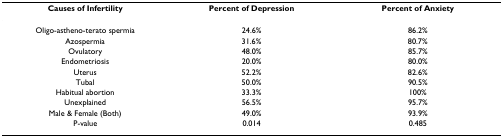
<table><thead><tr><td><b>Causes of Infertility</b></td><td><b>Percent of Depression</b></td><td><b>Percent of Anxiety</b></td></tr></thead><tbody><tr><td>Oligo-astheno-terato spermia</td><td>24.6%</td><td>86.2%</td></tr><tr><td>Azospermia</td><td>31.6%</td><td>80.7%</td></tr><tr><td>Ovulatory</td><td>48.0%</td><td>85.7%</td></tr><tr><td>Endometriosis</td><td>20.0%</td><td>80.0%</td></tr><tr><td>Uterus</td><td>52.2%</td><td>82.6%</td></tr><tr><td>Tubal</td><td>50.0%</td><td>90.5%</td></tr><tr><td>Habitual abortion</td><td>33.3%</td><td>100%</td></tr><tr><td>Unexplained</td><td>56.5%</td><td>95.7%</td></tr><tr><td>Male &amp; Female (Both)</td><td>49.0%</td><td>93.9%</td></tr><tr><td>P-value</td><td>0.014</td><td>0.485</td></tr></tbody></table>